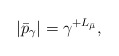
\begin{align*}|\bar p_\gamma |= \gamma^{+L_{\bar \mu}},\end{align*}